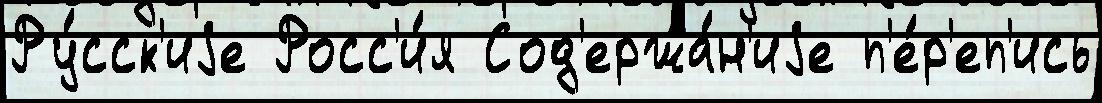
Ру́сск'иjе Росс'и́я Сод'ержа́н'иjе п'е́р'еп'ись